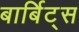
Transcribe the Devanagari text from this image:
बार्बिट्स